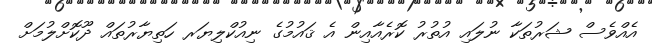
އެއްވެސް ޝަރުތަކާ ނުލައި އުތުރު ކޮރެއާއިން އެ ޤައުމުގެ ނިއުކްލިޔަރ ހަތިޔާރުތައް ދޫކޮށްލުމަށް